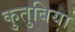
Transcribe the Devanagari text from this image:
कुतुबिया